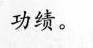
功绩。